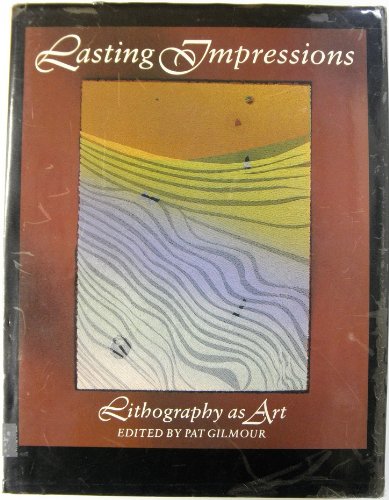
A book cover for Lasting Impressions: Lithography as Art; Pat Gilmour; Arts & Photography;